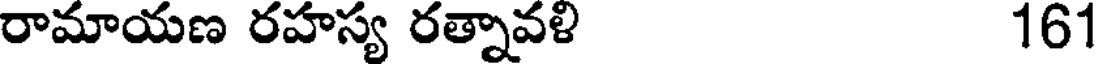
రామాయణ రహస్య రత్నావళి 161